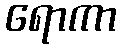
ရောကာ